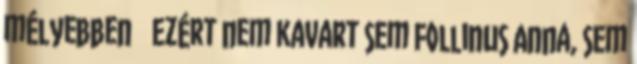
mélyebben Ezért nem kavart sem Follinus Anna, sem